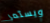
ويستمر